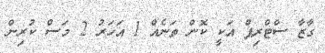
ގާޒާ ސްޓްރިޕް އަކީ ކޮން ތަނެއް 1 އަހަރު 2 މަސް ކުރިން